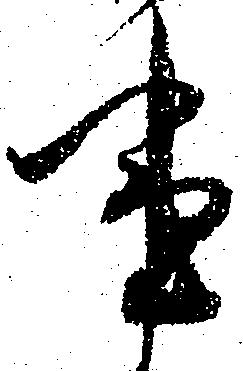
事